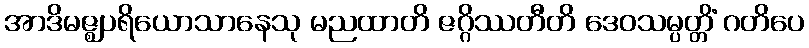
အာဒိမဇ္ဈပရိယောသာနေသု မညထာတိ ဇဂ္ဂိဿတီတိ ဒေဝသမ္ပတ္တိံ ဂတိပေ